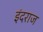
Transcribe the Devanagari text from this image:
इंदराज